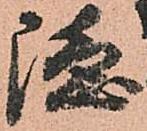
隠